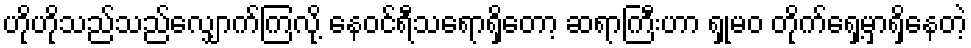
ဟိုဟိုသည်သည်လျှောက်ကြလို့ နေဝင်ရီသရောရှိတော့ ဆရာကြီးဟာ ရှုမဝ တိုက်ရှေ့မှာရှိနေတဲ့